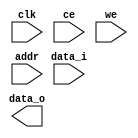
module buf_ram_1p_6x85 (
    				clk  		,
    				ce	        ,  
    				we			,
    				addr		,
    				data_i    	, 
    				data_o	
);

// ********************************************
//                                             
//    Parameters DECLARATION                 
//                                             
// ********************************************


// ********************************************
//                                             
//    Input/Output DECLARATION                    
//                                             
// ********************************************
input               		clk      	;           		      
input  						ce			;	
input						we			;   
input  [9:0]				addr		;	
input  [5:0]				data_i		; 
output [5:0]				data_o    	;

// ********************************************
//                                             
//    Signals DECLARATION                        
//                                             
// ********************************************


// ********************************************
//                                             
//    Logic DECLARATION                 
//                                             
// ********************************************
`ifdef RTL_MODEL
ram_1p #(.Addr_Width(10), .Word_Width(6))	
 	u_ram_1p_6x85 (
 				.clk  		( clk		), 
 				.cen_i      ( ~ce		),
 				.oen_i      ( 1'b0		),
 	            .wen_i      ( ~we		),
 	            .addr_i     ( addr		),
 	            .data_i     ( data_i	),
 	            .data_o     ( data_o	)
);

`endif 


`ifdef FPGA_MODEL 

`endif 


`ifdef SMIC13_MODEL

`endif
endmodule